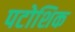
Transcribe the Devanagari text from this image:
पटोशिक